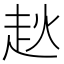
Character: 𧺩